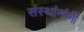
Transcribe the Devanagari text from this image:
संस्थांनांनी